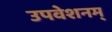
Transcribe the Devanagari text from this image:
उपवेशनम्